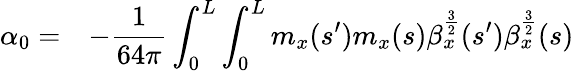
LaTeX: \begin{array}{cl}{\displaystyle\alpha_{0}=}&{\displaystyle-\frac{1}{64\pi}\int_{0}^{L}{\int_{0}^{L}{m_{x}(s^{\prime})m_{x}(s)\beta_{x}^{\frac{3}{2}}(s^{\prime})\beta_{x}^{\frac{3}{2}}(s)}}}\end{array}